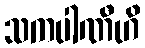
သကပါဏီဟိ